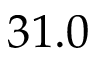
3 1 . 0